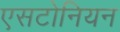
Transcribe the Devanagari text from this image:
एसटोनियन